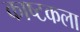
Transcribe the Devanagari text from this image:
काष्टकला